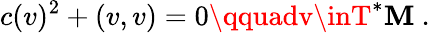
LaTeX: c(v)^{2}+(v,v)=0\qquadv\inT^{*}\mathbf{M}\ .